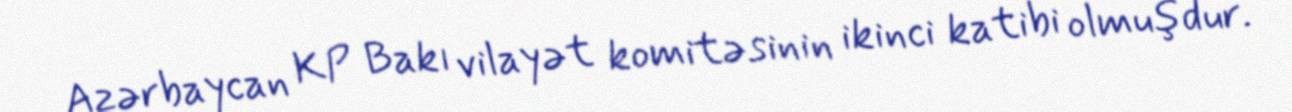
Azərbaycan KP Bakı vilayət komitəsinin ikinci katibi olmuşdur.